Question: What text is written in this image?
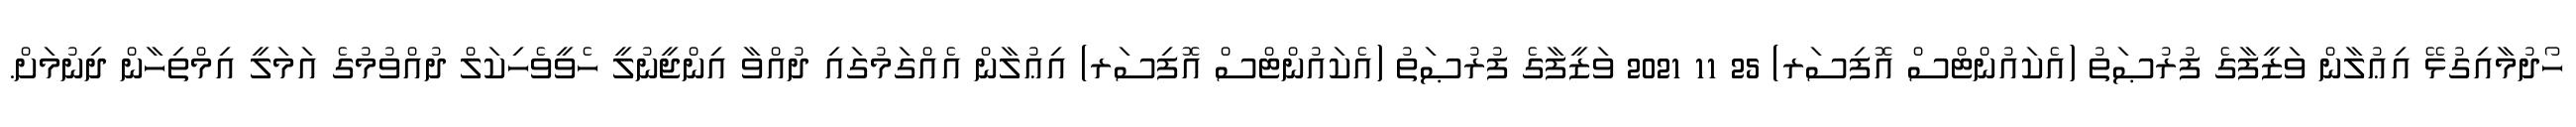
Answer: ހޯދުމާއިގުޅޭ އިޢުލާން ވަޒީފާގެ ފުރުޞަތު (އެކައުންޓްސް އޮފިސަރ) 25 11 2021 ވަޒީފާގެ ފުރުޞަތު (އެކައުންޓްސް އޮފިސަރ) އިޢުލާން އެއްގަމުގައި ދުއްވާ އިންޖީނުލީ ހެވީވެހިކަލް ދުއްވުމުގެ އަމަލީ އިމްތިހާން ދިނުމަށް.